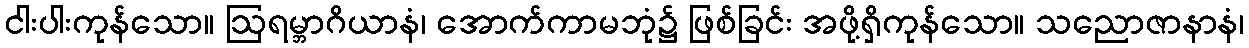
ငါးပါးကုန်သော။ ဩရမ္ဘာဂိယာနံ၊ အောက်ကာမဘုံ၌ ဖြစ်ခြင်း အဖို့ရှိကုန်သော။ သညောဇာနာနံ၊